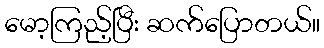
မော့ကြည့်ပြီး ဆက်ပြောတယ်။